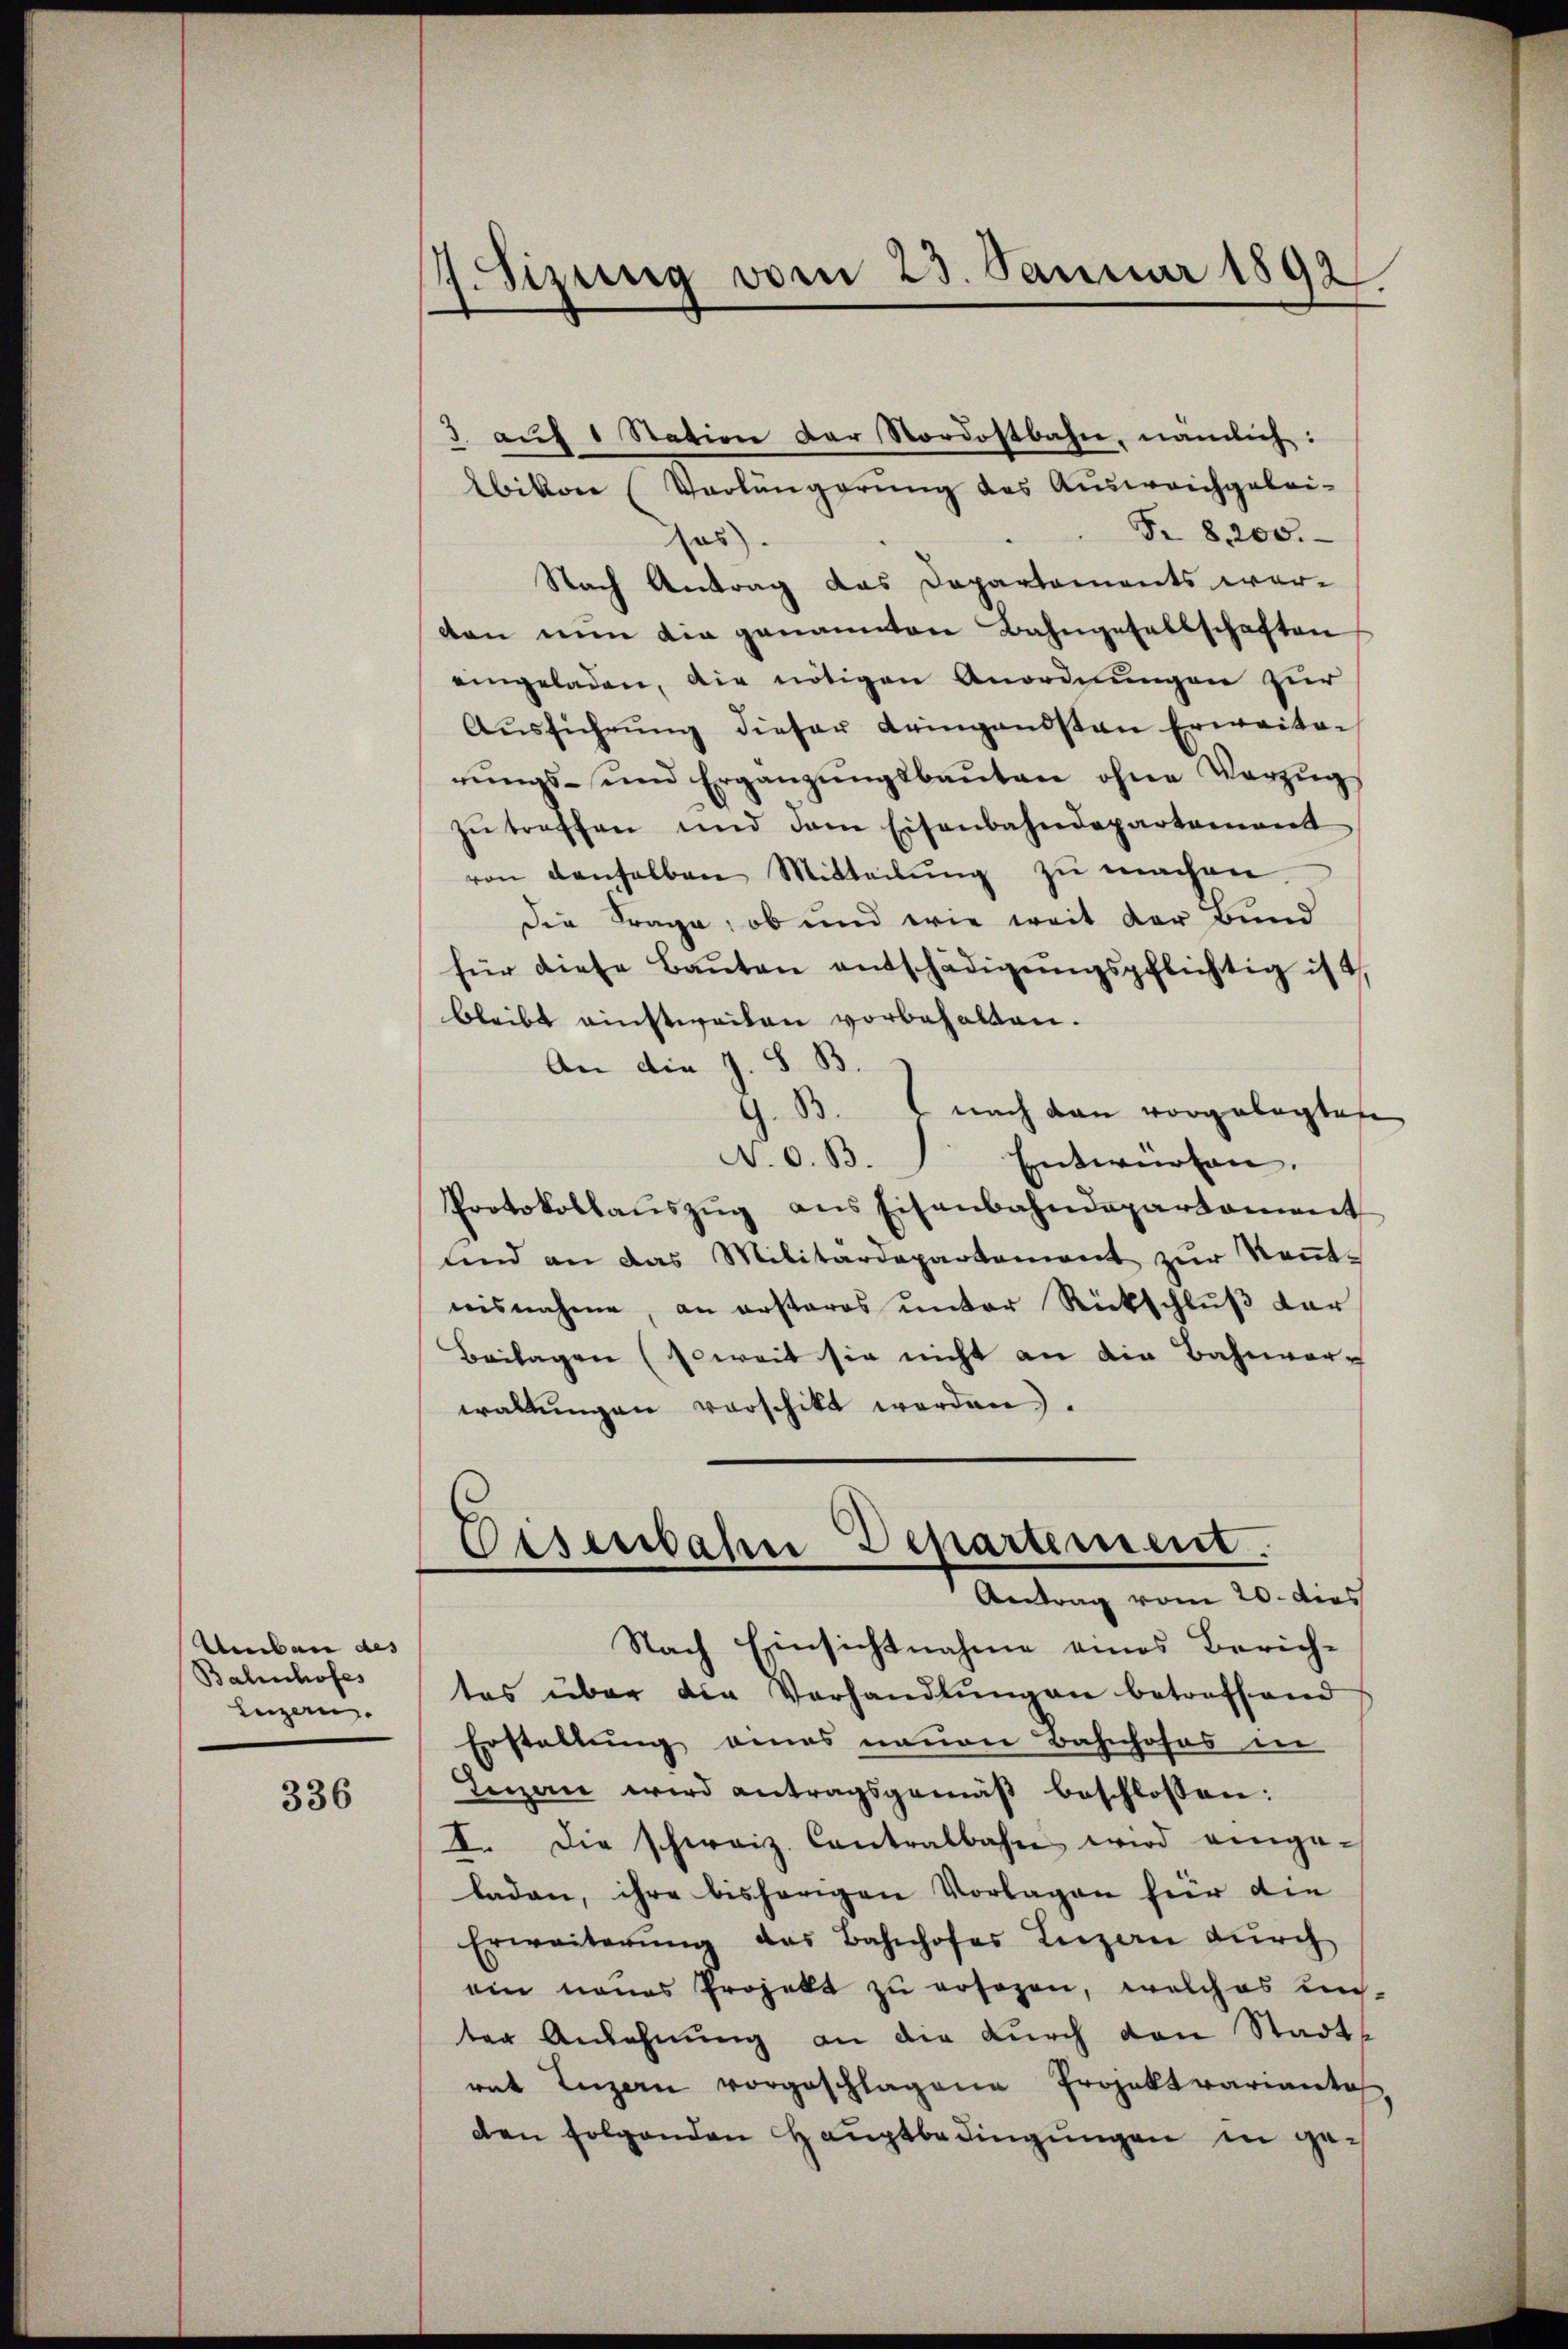
Umbau des
Bahnhofes
Luzern.

336

.Sizung vom 23. Januar 1892

Ebikon (Verlängerung des Ausweichgelei-
Fr. 8, 200.
us
Nach Antrag das Departements wer-
den nun die genannten Bahngesellschaften
eingeladen, die nötigen Anordnungen zur
Aŭsführŭng dieser Leingendsten Erweiten
rungs- und Ergänzungsbauten ohne Vorzugs
zŭ treffen und dem Eisenbahndepartamant
von denselben Mitteilŭng zŭ machen.
Die Frage, ob und wie weit der Bund
für diese Baŭten entschädigŭngspflichtig ist
bleibt einstweilen vorbehalten.
An die J. S. B.
.
nach den vorgelegten
N. O. B.
Entwürfen.
Protokollaŭszŭg ans Eisenbahndepartament
lnd an das Militärdepartement zŭr Keṅt-
nisnahme, an ersteres unter Rückschluß dar
Beilagen (soweit sie nicht an die Bahnvorwaltungen verschikt worden.
Eisenbahn Departement.
Antrag vom 20. dies
Nach Einsichtnahme eines Zürich-
tes über die Verhandlŭngen betreffend
Erstellung eines neuen Bahnhofes in
Lizen wird antragsgemäß beschlossen:
I. Die schweiz. Contralbahn wird einge-
laden, ihre bisherigen Vorlagen hier die
Erweiterŭng des Bahnhofes Luzern dŭrch
ein neues Projekt zu ersezen, welches un-
ter Anlehnŭng an die durch den Stadts
rat Luzern vorgeschlagene Projektvariante
den folgenden Hauptbedingungen in ge-

3 aŭf 1 Station der Nordostbahn, nämlich: